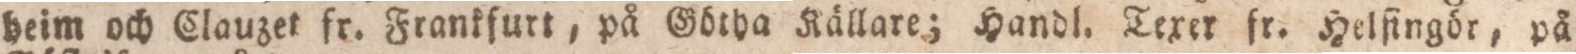
heim och Clauzet fr. Frankfurt, på Götha Källare; Handl. Texer fr. Helfingör, på